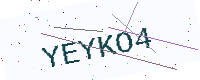
Text: YEYKO4